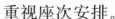
重视座次安排。